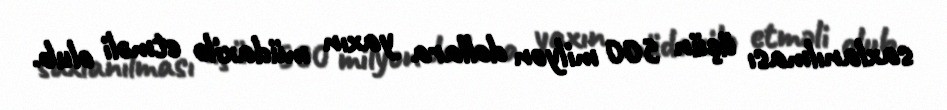
saxlanılması üçün 500 milyon dollara yaxın müdaxilə etməli olub.